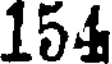
154